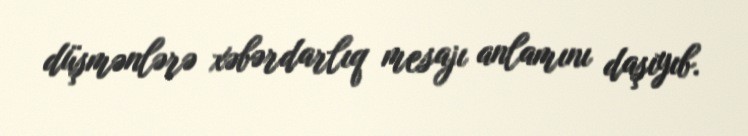
düşmənlərə xəbərdarlıq mesajı anlamını daşıyıb.